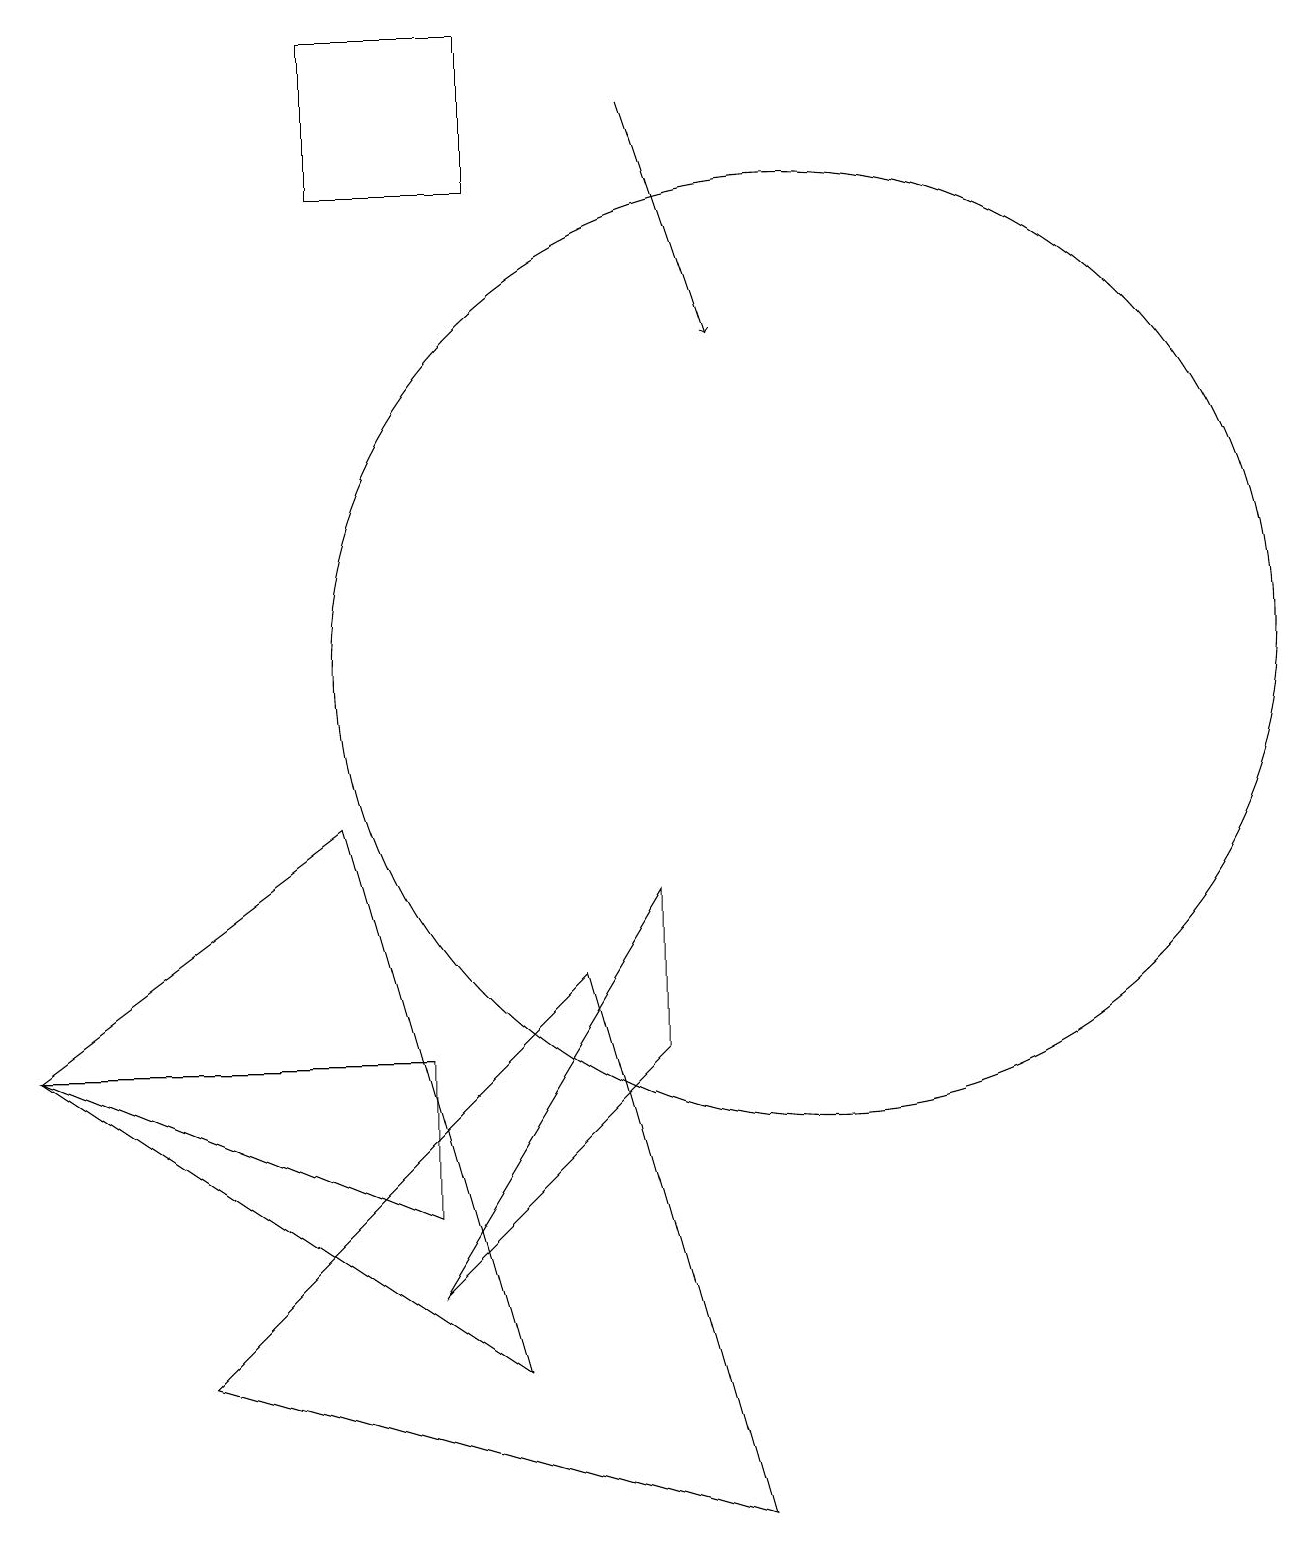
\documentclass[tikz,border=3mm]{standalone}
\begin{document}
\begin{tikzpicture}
\draw (10,11) circle (6);
\draw (0,6) -- (6,2) -- (4,9) -- cycle;
\draw (4,17) rectangle (6,19);
\draw (8,8) -- (5,3) -- (8,6) -- cycle;
\draw[->] (8,18) -- (9,15);
\draw (0,6) -- (5,4) -- (5,6) -- cycle;
\draw (2,2) -- (7,7) -- (9,0) -- cycle;
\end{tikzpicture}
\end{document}